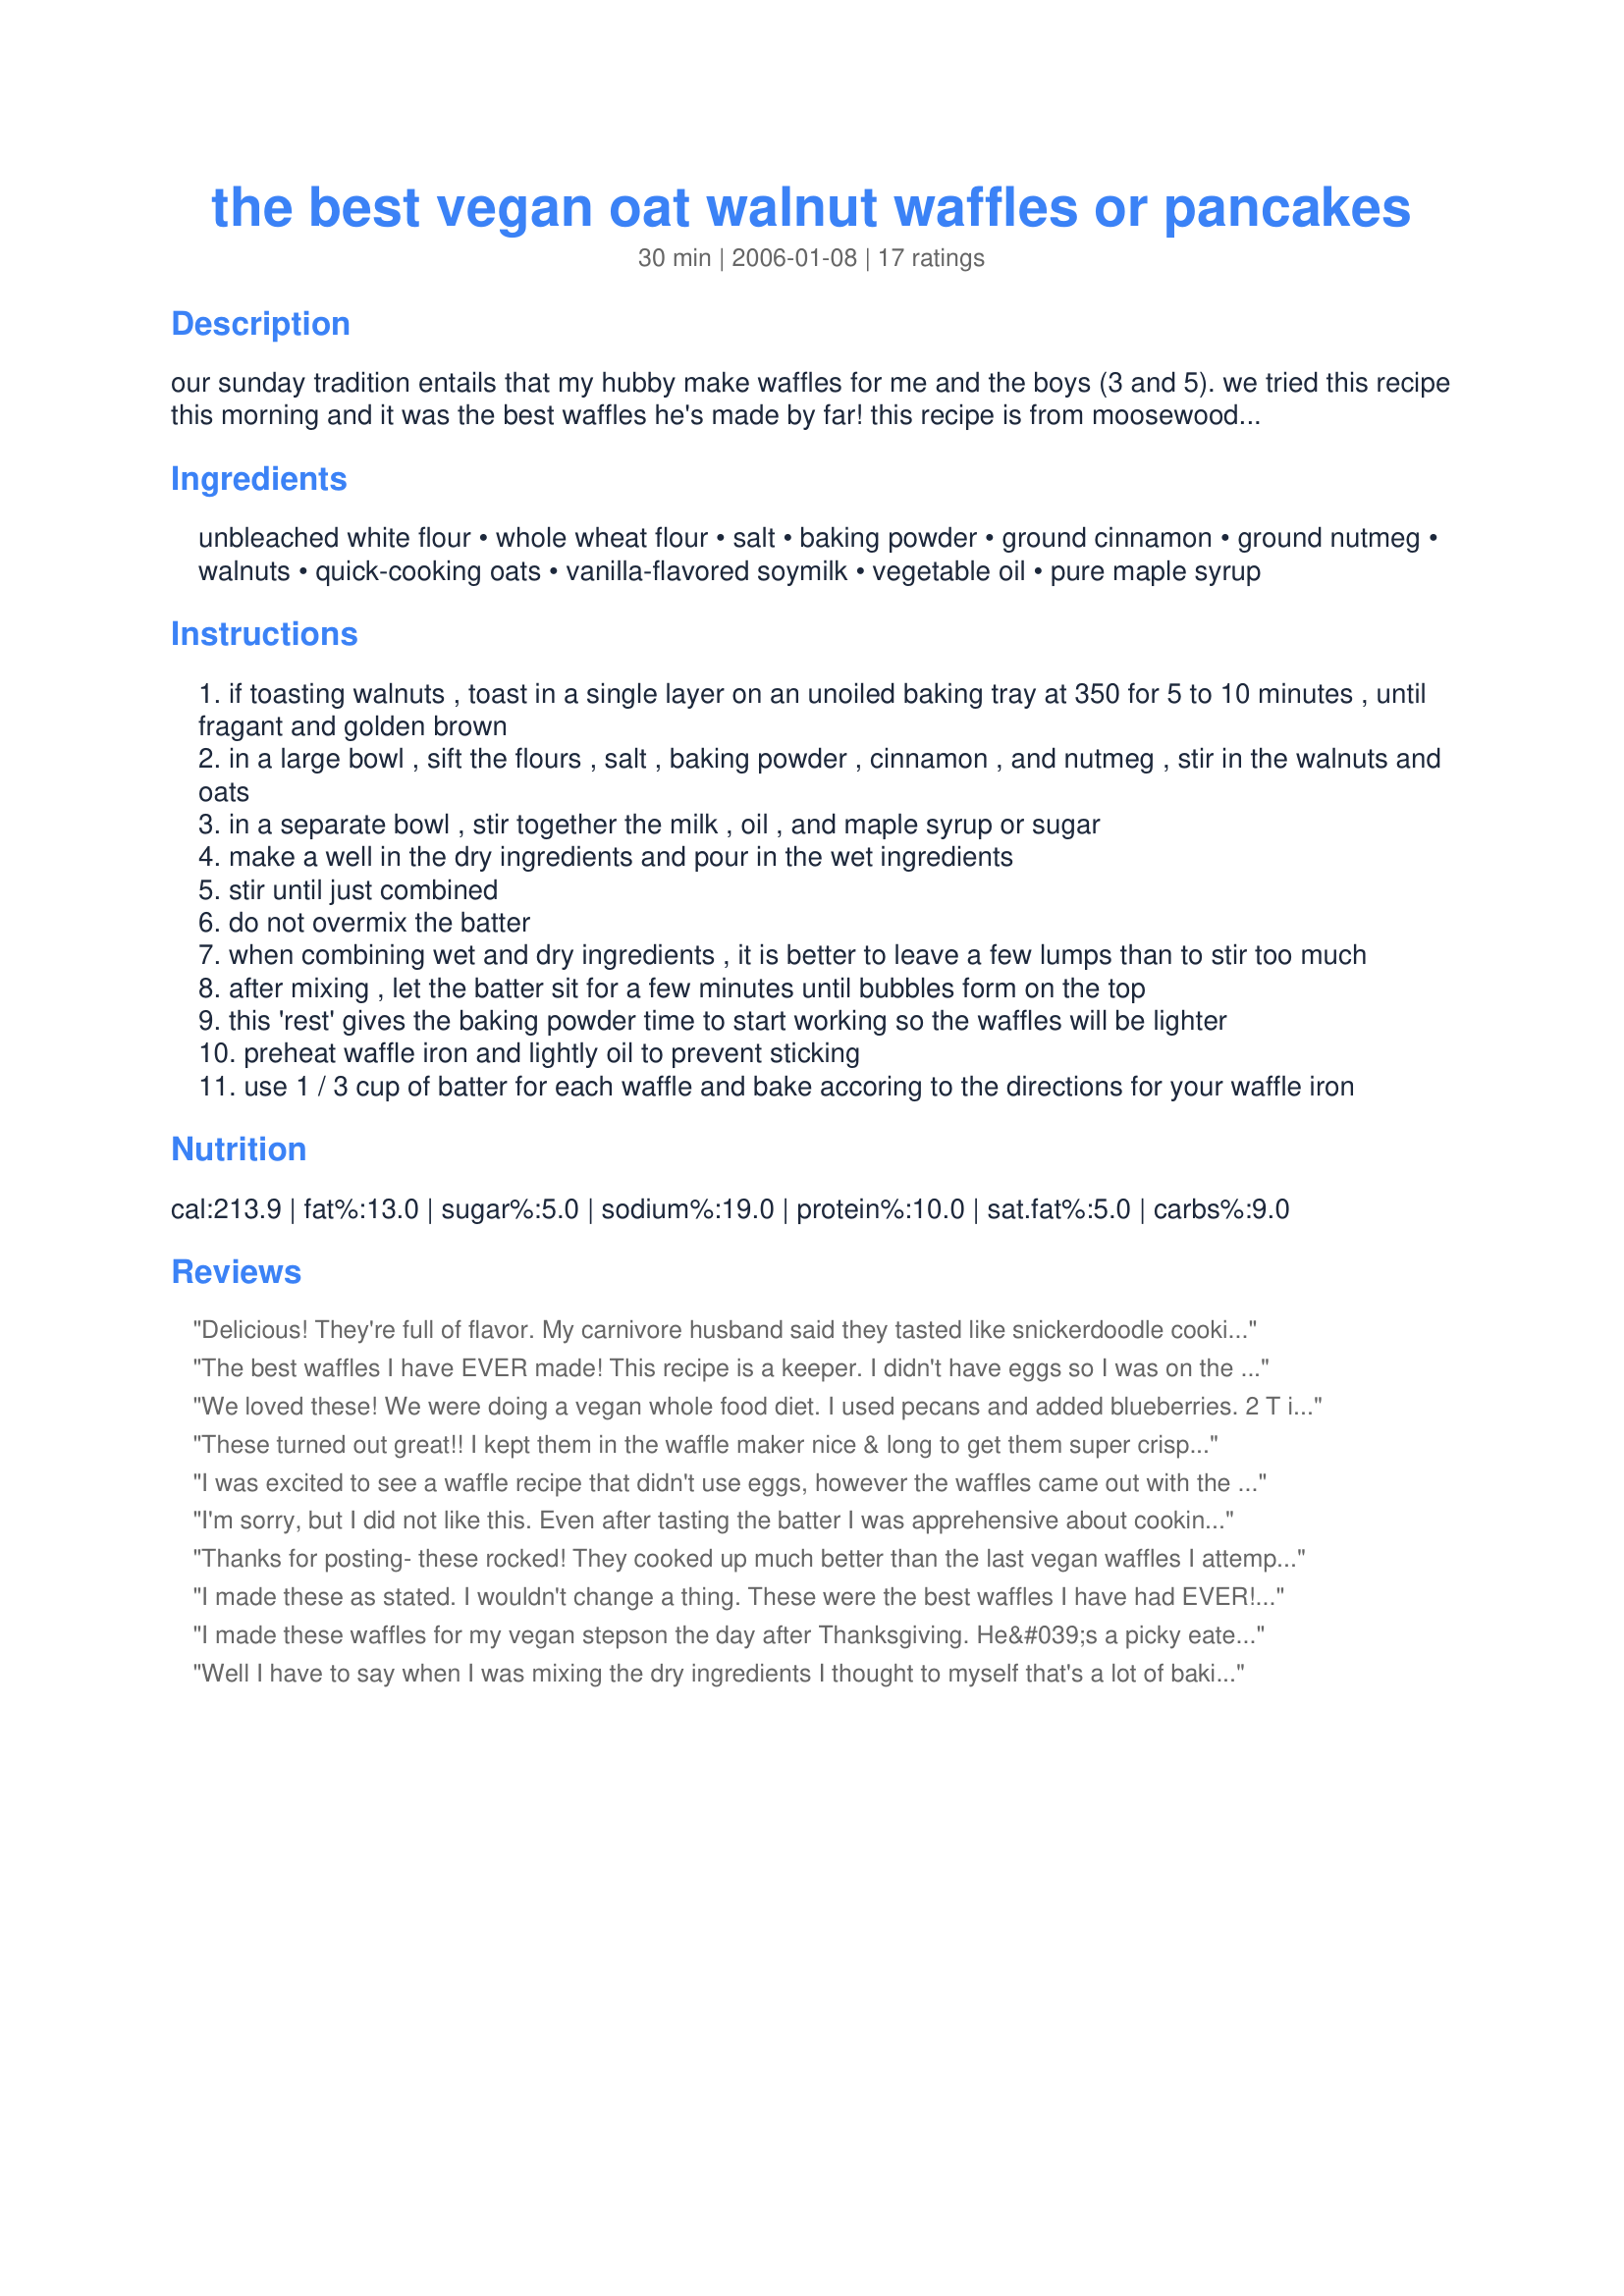
the best vegan oat walnut waffles or pancakes
Preparation time: 30 minutes

our sunday tradition entails that my hubby make waffles for me and the boys (3 and 5). we tried this recipe this morning and it was the best waffles he's made by far! this recipe is from moosewood resturant and is listed exactly as they wrote it. here are my adaptions: we omitted the walnuts due to allergies. we used all unbleached flour. we decreased the soy milk by 1/3 cup and added a glob of vanilla yogurt instead. we used sugar instead of maple syrup. lastly, we doubled the recipe for the four of us because we love leftovers for the next morning! (though i only added one tbsp of oil instead of two) this could be used for pancakes also. follow-up: since posting this recipe, i tried as pancakes. while the taste was good, i prefer the waffles.

Ingredients:
unbleached white flour, whole wheat flour, salt, baking powder, ground cinnamon, ground nutmeg, walnuts, quick-cooking oats, vanilla-flavored soymilk, vegetable oil, pure maple syrup

Steps:
if toasting walnuts , toast in a single layer on an unoiled baking tray at 350 for 5 to 10 minutes , until fragant and golden brown
in a large bowl , sift the flours , salt , baking powder , cinnamon , and nutmeg , stir in the walnuts and oats
in a separate bowl , stir together the milk , oil , and maple syrup or sugar
make a well in the dry ingredients and pour in the wet ingredients
stir until just combined
do not overmix the batter
when combining wet and dry ingredients , it is better to leave a few lumps than to stir too much
after mixing , let the batter sit for a few minutes until bubbles form on the top
this 'rest' gives the baking powder time to start working so the waffles will be lighter
preheat waffle iron and lightly oil to prevent sticking
use 1 / 3 cup of batter for each waffle and bake accoring to the directions for your waffle iron

Reviews:
Delicious! They're full of flavor. My carnivore husband said they tasted like snickerdoodle cookies and he loved them.
The best waffles I have EVER made! This recipe is a keeper. I didn't have eggs so I was on the hunt for a delish recipe that didn't need any and this one was PERFECT!! Thanks for posting :)
We loved these! We were doing a vegan whole food diet. I used pecans and added blueberries. 2 T instead of 2 t baking powder for fluffy pancakes. This is our only recipe we will use from now on.
These turned out great!! I kept them in the waffle maker nice & long to get them super crispy. I actually made a double batch and froze them so when we need them I can just pop into the toaster. These are very subtantial...not a light waffle at all. What you get is great flavor and full!! Thanks so much!!
I was excited to see a waffle recipe that didn't use eggs, however the waffles came out with the strangest taste. There was also only enough to make 3 waffles. I made some tweaks after tasting the first waffle and the batter could not be salvaged.
I'm sorry, but I did not like this. Even after tasting the batter I was apprehensive about cooking it into waffles. I followed this recipe precisely (I used butter and sugar) and the waffle had an odd taste and was very floppy. Even after dressing it up with fruit, syrup, and whipped cream I didn't like it. Sorry :[ I definitely missed the eggs in a waffle recipe.
Thanks for posting- these rocked! They cooked up much better than the last vegan waffles I attempted. My changes: I used whole wheat pastry flour, extra cinnamon, no walnuts and added about a tsp. of vanilla extract (b/c I had plain soymilk). Can't wait to try adding raisins or berries. Served with my apple-blueberry syrup. Z'oh-my-god-laugh-out-loud-wonderful waffles! (Sorry, had to say that, it's the favorite expression of a slightly insane friend of mine.) Will make again!
I made these as stated. I wouldn't change a thing. These were the best waffles I have had EVER!! Even my DH loved them.
I made these waffles for my vegan stepson the day after Thanksgiving. He&#039;s a picky eater, and said that I could serve them in a restaurant! My husband, who&#039;s Belgian (home of the waffle), LOVED them, and I thought they were absolutely delicious. I made the batter exactly as written, but then thought that it looked a little thin....so I added some more oats and a little bit more whole wheat flour (and some vanilla extract because I love it). I have a round waffle iron, and this recipe only made 2 1/2 waffles. If you&#039;re making them for the whole family, I would double it. I&#039;ve made at least 10 different versions of &quot;healthy&quot; waffles, and this was by far the best recipe I&#039;ve used. Thank you so much!
Well I have to say when I was mixing the dry ingredients I thought to myself that's a lot of baking soda for such a small batch... and it was- we threw the first batch out as the baking soda came thru in the finished waffle. I started over using 1/2 tsp. baking soda... I also replaced the 1/4 c of whole wheat flour for ground flax seeds- the second attempt was much better but I recommend stirring in mashed banana or fresh berries
I made these according to the recipe, except I used 2% milk instead of soy (I'm not a vegan - just a dude who ran out of eggs). I have to disagree with a couple of other posts in that I didn't miss the eggs at all. The waffles were just as crispy as any others I have made. My suggestion to anyone making waffles of any type is not to stack them after they're cooked. That makes them soggy. I wouldn't recommend this recipe to anyone who doesn't like walnuts (which I do), as that seemed to be the dominant flavour to me. We liked them.
Very tasty! These were very easy to make and made a nice change from cereal... I'm not sure how I felt about the walnuts, and I may consider leaving them out or substituting flax the next time I make them.
Wow! I too was looking for an eggless waffle recipe because I didn't have any eggs. These are delicious! I didn't have any soy milk, and I used regular milk. Other than that, I followed the recipe as stated and was very impressed. These are quite tasty!
Delicious! We didn't have walnuts or nutmeg, but we did add raisins instead. The waffles were very good, and I know my animal product eating friends would absolutely love these! Thanks so much!
These were very good. The nutmeg added a very interesting flavor, and the waffles were so filling, none of my family could eat more than one! These tasted very good with a chai tea, and made for a wonderful breakfast. Thanks! ~ For PAC 2008
Made these for brunch this morning, and WOW was I impressed! These are very good, especially for being eggless... I didn't miss the eggs at all. Like AmyZoe, I used regular milk instead of soy due to what I had on hand, but otherwise made as written. They went over very well in my house. My only problem is with the amount of batter the recipe yields; on my iron (which isn't all that big), I was able to get about 3 1/2 waffles... not quite the full four. This is a recipe that makes smaller-sized waffles, so plan accordingly. Next time I will probably double the recipe, and *if* I have one or two left over -- ;) -- I'll simply pop them into the freezer so I can reheat them later in the toaster for a quick breakfast. Thanks for sharing a great recipe!
It was really a great recipe! I used plain almond mil and added pure vanilla extract. I used coconut oil for my vegetable oil. I don't have plain nutmeg hanging around, but I do have pumpkin pie spice, so whenever a recipe calls for nutmeg, I use that. Instead of oats I used wheat germ, and I added ground flax seed. My kids have requested these ever since :)
